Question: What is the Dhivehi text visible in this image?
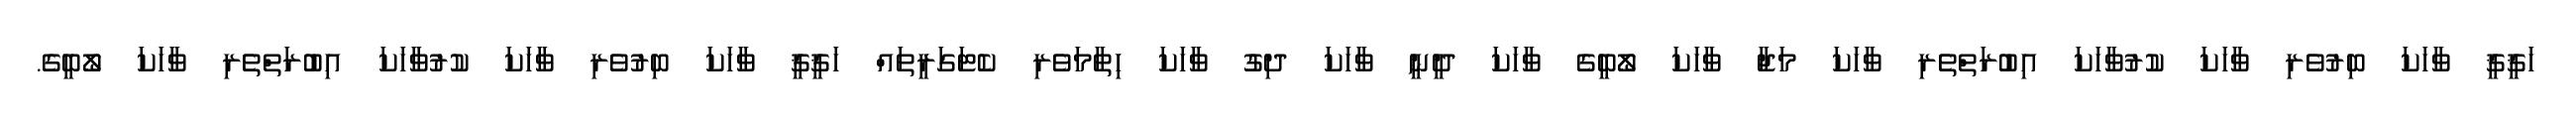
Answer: ހަޤީޤީ ވާހަކަ ބިރުވެރި ވާހަކަ ކުރުވާހަކަ އިބުރަތްތެރި ވާހަކަ މަޖާ ވާހަކަ ލޯބީގެ ވާހަކަ ދީނީ ވާހަކަ ދިގު ވާހަކަ ހިތާމަވެރި ކެޓަގަރީތައް ހަޤީޤީ ވާހަކަ ބިރުވެރި ވާހަކަ ކުރުވާހަކަ އިބުރަތްތެރި ވާހަކަ ލޯބީގެ.